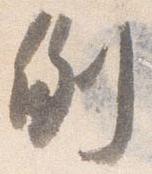
例